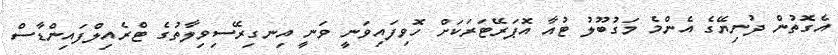
އެގޮތުން ދުނިޔޭގެ އެންމެ މަގުބޫލު ޓުއާ އޮޕަރޭޓަރަކަށް ހޮވިފައިވަނީ ވަނީ އިނގިރޭސިވިލާތުގެ ޓްރެއިލްފައިންޑާސް